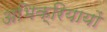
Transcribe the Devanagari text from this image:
अभिक्रियायों